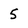
Character: 5